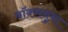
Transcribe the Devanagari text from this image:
बॉक्सनुमा